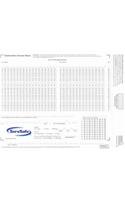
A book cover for ServSafe Exam Answer Sheet for Pencil/ Paper Exam (stand-alone); National Restaurant Association; Science & Math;